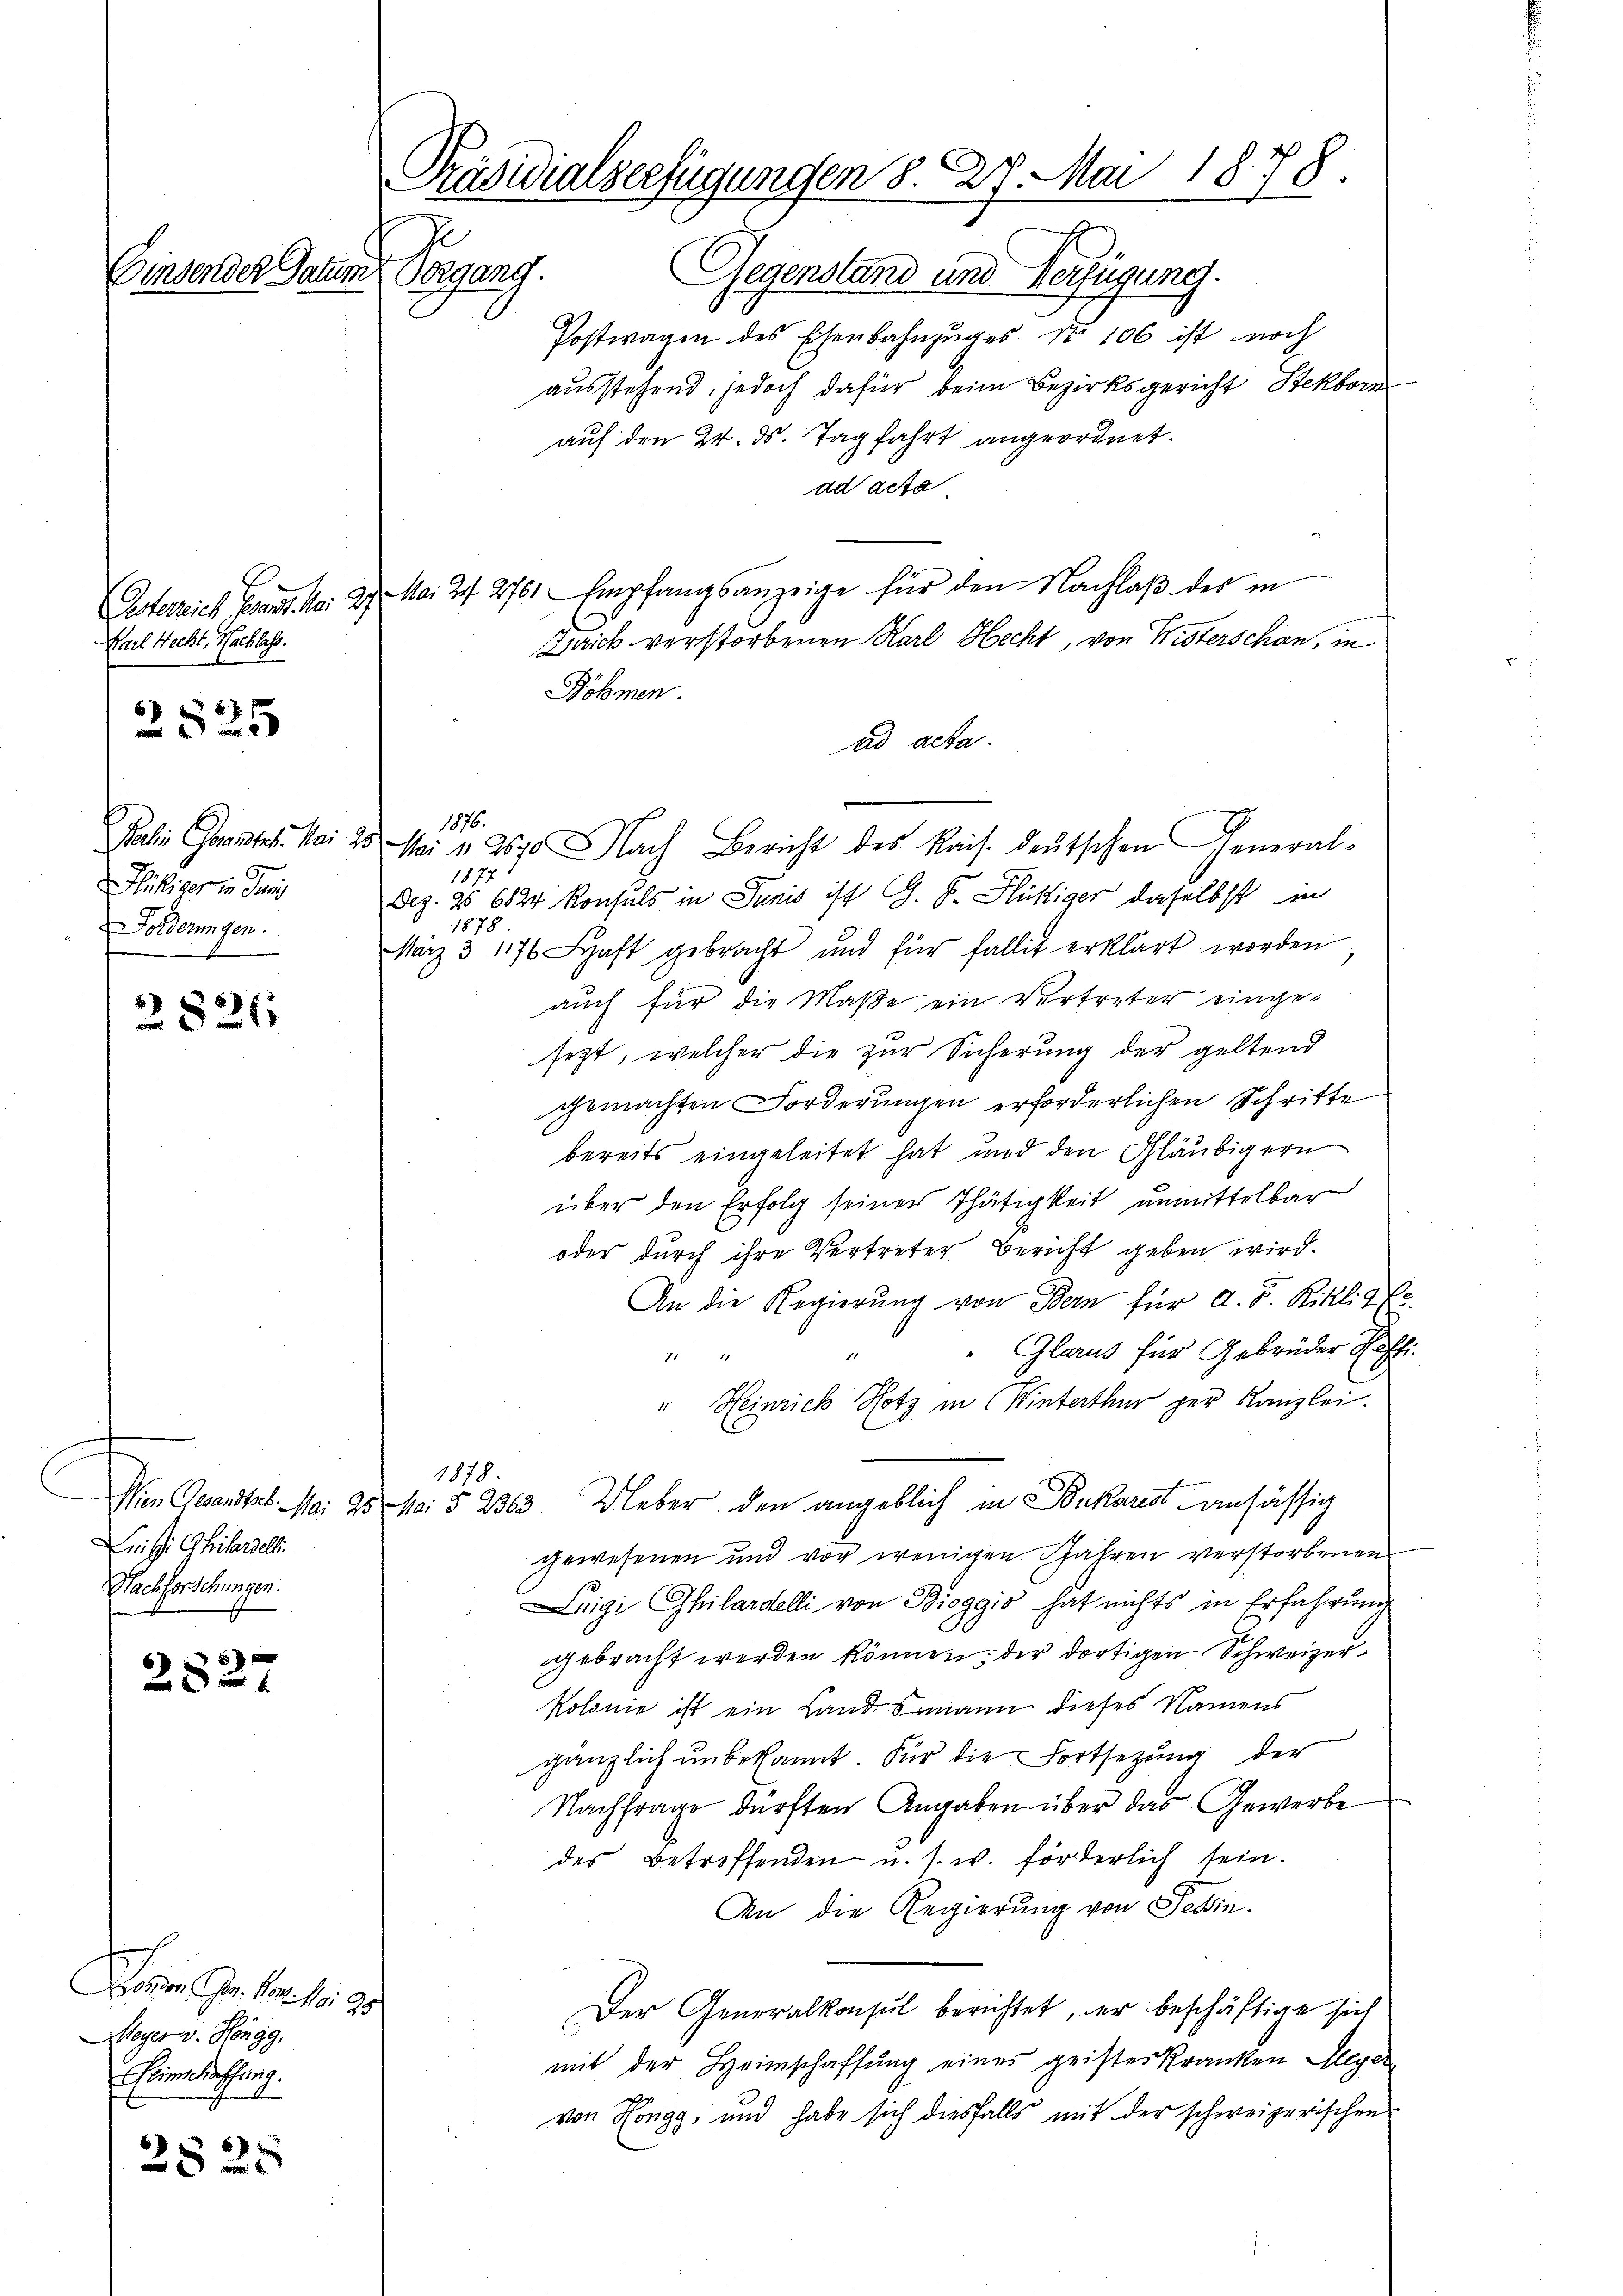
2525

2826

Leisti Ghilandel
Nachforschungen.

2827

Don J. der bei
Meyer v. Höngg,
Ebinrathung.

2825

Präsidialserfügungen 8. 27. Mai 1878.
Je
Einsender Datum Organg.
Gegenstand und Verfügung.
Postwagen des Eisenbahnzuges No 106 ist noch

Karl Recht, Nachlass.

Jalein Garantel. Mai 20.
itieren Paris
Forderungen.

ausstehend, jedoch dafür beim Bezirksgericht Steckborn
auf den 24. ds. Tagfahrt angeordnet.
ad acta
Ostereich Pand. N. 27. Mai 24. 276. Empfangsanzeige für den Nachlaβ des in
aick verstorbenen Karl Hecht, von Wisterschan, in
Röhmen.
ad acta.
1876.
 Mai 11 2670 Nach Bericht des Rais. deutschen General-
1877
Dez. 25 6824 Konsuls in Junis ist G. P. Flüchtiger daselbst in
1878.
März 3 1176 Saft gebracht und für fallit erklärt worden
auch für die Maße ein Vertreter einge-
sezt, welcher die zur Sicherung der geltend
gemachten Forderungen erforderlichen Schritte
bereits eingeleitet hat und den Gläubigern
über den Erfolg seiner Thätigkeit unmittelbar
oder durch ihre Vertreter Bericht geben wird.
An die Regierŭng von Bern für A. F. Rikl. 9 Ex
Glarus für Gebrüder Ei

" Heinrich Hotz in Winterthur per Kanzlei.
1878.
Wien Gesandtes. Mai 25 Mai § 2363. Ueber den angeblich in Bukarist ansässig
gewesenen und vor wenigen Jahren verstorbenen
uigi Philardelli von Bioggio hat nichts in Erfahrung
gebracht werden können; der dortigen Schweizer¬
Rosonie ist ein Landsmann dieses Namens
gänzlich unbekannt. Für die Fortsetzung der
Nachfrage dürften Angaben über das Gewerbe
des Betreffenden u. s. w. förderlich sein.
An die Regierung von Teßin.
Der Generalkonsul berichtet, er beschäftige sich
mit der Heimschaffung eines geister Kranken Meyer
von Höngg, und habe sich diesfalls mit der schweizerischen